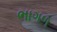
ભાગળ